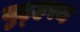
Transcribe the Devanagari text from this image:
मुह्हरम